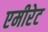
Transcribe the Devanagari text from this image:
एमीरेट